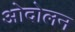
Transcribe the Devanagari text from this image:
ओदोलन